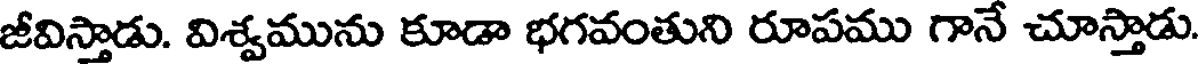
జీవిస్తాడు. విశ్వమును కూడా భగవంతుని రూపము గానే చూస్తాడు